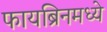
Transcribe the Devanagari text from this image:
फायब्रिनमध्ये